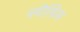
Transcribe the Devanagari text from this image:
स्पीसिस